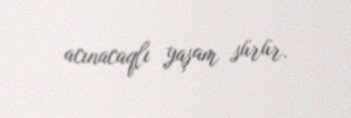
acınacaqlı yaşam sürür.